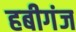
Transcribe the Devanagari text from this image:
हबीगंज